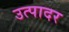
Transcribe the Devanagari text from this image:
उत्पादर